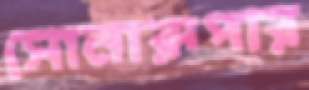
সোনারূপার